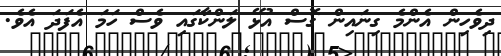
ދިވެހިން އެންމެ ގިނައިން ގޮސް އުޅޭ ލަންކާގައި ވެސް ހަމަ އެފަދަ އެވެ.